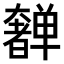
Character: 𫰂